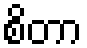
စိတာ